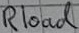
Text: Rload